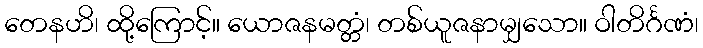
တေနဟိ၊ ထို့ကြောင့်။ ယောဇနမတ္တံ၊ တစ်ယူဇနာမျှသော။ ဝါတိင်္ဂဏံ၊